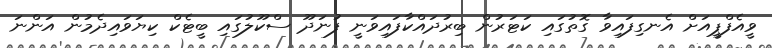
ވީއެފްޕީއަށް އެނގިފައިވާ ގޮތުގައި ކަޓަރުން ބިރުދައްކާފައިވަނީ ފުނަދޫ ސްކޫލުގައި ބީޓެކް ކިޔަވައިދެމުން އަންނަ